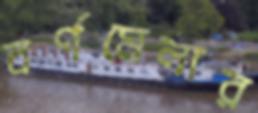
বর্ণমেলার